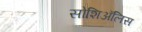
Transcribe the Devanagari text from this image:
सोशिअॅलिस